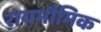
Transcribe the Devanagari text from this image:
रायभौमिक